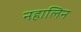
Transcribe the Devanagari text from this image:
नहालिन